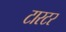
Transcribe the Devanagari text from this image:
टारटर